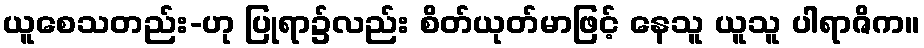
ယူစေသတည်း-ဟု ပြုရာ၌လည်း စိတ်ယုတ်မာဖြင့် နေသူ ယူသူ ပါရာဇိက။